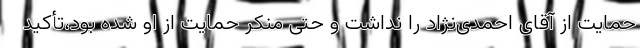
حمایت از آقای احمدی‌نژاد را نداشت و حتی منکر حمایت از او شده بود،تأکید